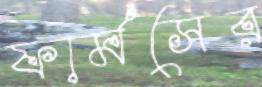
ফার্মসের